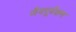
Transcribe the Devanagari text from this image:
जैवपूर्वेक्षण